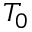
T _ { 0 }